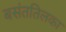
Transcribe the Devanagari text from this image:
बसंततिलका